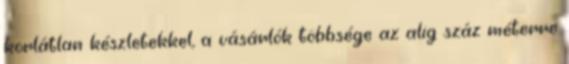
korlátlan készletekkel, a vásárlók többsége az alig száz méterre